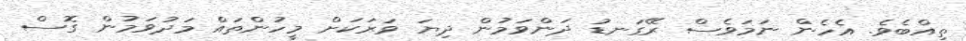
ތިއްބެވެ. އެހެން ނަމަވެސް ރޭގަނޑު ދަންވަމުން ދިޔަ ވަރަކަށް މީހުންތައް މަދުވަމުން ގޮސް